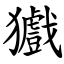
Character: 㺣